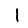
Digit: 1